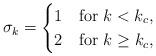
LaTeX: \begin{align*}\sigma_k = \begin{cases}1 & \mbox{for } k < k_c, \\2 & \mbox{for } k \ge k_c,\end{cases}\end{align*}